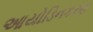
આયોડિનકરણ